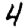
Digit: 4